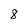
Character: 8